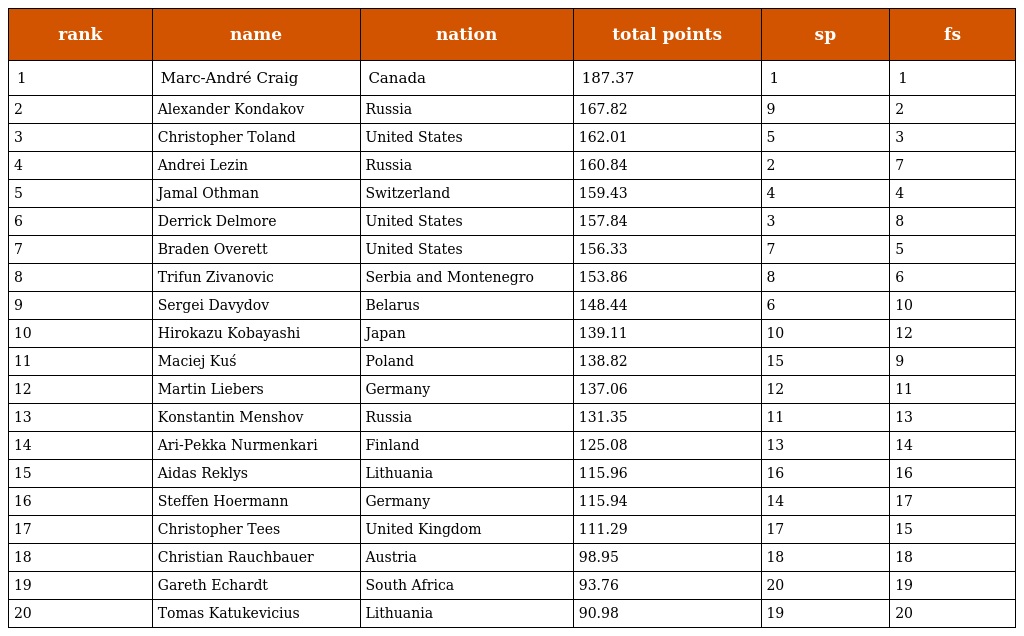
| rank | name | nation | total points | sp | fs |
 | --- | --- | --- | --- | --- | --- |
 | 1 | Marc-André Craig | Canada | 187.37 | 1 | 1 |
 | 2 | Alexander Kondakov | Russia | 167.82 | 9 | 2 |
 | 3 | Christopher Toland | United States | 162.01 | 5 | 3 |
 | 4 | Andrei Lezin | Russia | 160.84 | 2 | 7 |
 | 5 | Jamal Othman | Switzerland | 159.43 | 4 | 4 |
 | 6 | Derrick Delmore | United States | 157.84 | 3 | 8 |
 | 7 | Braden Overett | United States | 156.33 | 7 | 5 |
 | 8 | Trifun Zivanovic | Serbia and Montenegro | 153.86 | 8 | 6 |
 | 9 | Sergei Davydov | Belarus | 148.44 | 6 | 10 |
 | 10 | Hirokazu Kobayashi | Japan | 139.11 | 10 | 12 |
 | 11 | Maciej Kuś | Poland | 138.82 | 15 | 9 |
 | 12 | Martin Liebers | Germany | 137.06 | 12 | 11 |
 | 13 | Konstantin Menshov | Russia | 131.35 | 11 | 13 |
 | 14 | Ari-Pekka Nurmenkari | Finland | 125.08 | 13 | 14 |
 | 15 | Aidas Reklys | Lithuania | 115.96 | 16 | 16 |
 | 16 | Steffen Hoermann | Germany | 115.94 | 14 | 17 |
 | 17 | Christopher Tees | United Kingdom | 111.29 | 17 | 15 |
 | 18 | Christian Rauchbauer | Austria | 98.95 | 18 | 18 |
 | 19 | Gareth Echardt | South Africa | 93.76 | 20 | 19 |
 | 20 | Tomas Katukevicius | Lithuania | 90.98 | 19 | 20 |